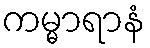
ကမ္မာရာနံ